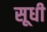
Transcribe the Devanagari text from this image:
सूधी